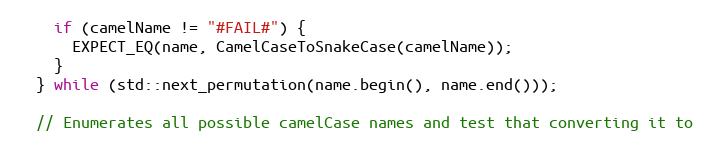
Language: C++
    if (camelName != "#FAIL#") {
      EXPECT_EQ(name, CamelCaseToSnakeCase(camelName));
    }
  } while (std::next_permutation(name.begin(), name.end()));

  // Enumerates all possible camelCase names and test that converting it to